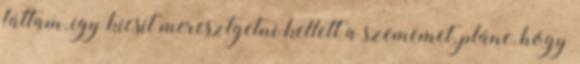
láttam, így kicsit meresztgetni kellett a szememet, pláne, hogy